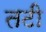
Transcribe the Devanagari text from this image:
तटी